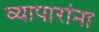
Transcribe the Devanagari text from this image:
व्यापारांना